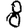
Digit: 8